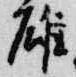
雄